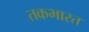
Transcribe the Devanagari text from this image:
तकभारत